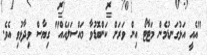
"އެއީ އަޅުގަނޑުމެން މަޓާޓޯ އިން ވަރަށް ކަންބޮޑުވާ މައްސަލައެއް" ގިޔާސް ވިދާޅުވި އެވެ.